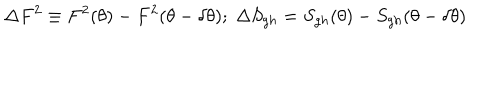
LaTeX: \Delta F ^ { 2 } \equiv F ^ { 2 } ( \theta ) - F ^ { 2 } ( \theta - \delta \theta ) ; \; \Delta S _ { g h } = S _ { g h } ( \theta ) - S _ { g h } ( \theta - \delta \theta )